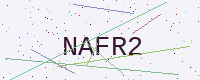
Text: NAFR2